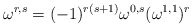
\begin{align*}\omega^{r,s} = (-1)^{r(s+1)}\omega^{0,s} (\omega^{1,1})^r\end{align*}